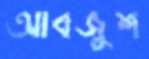
আবজুশ